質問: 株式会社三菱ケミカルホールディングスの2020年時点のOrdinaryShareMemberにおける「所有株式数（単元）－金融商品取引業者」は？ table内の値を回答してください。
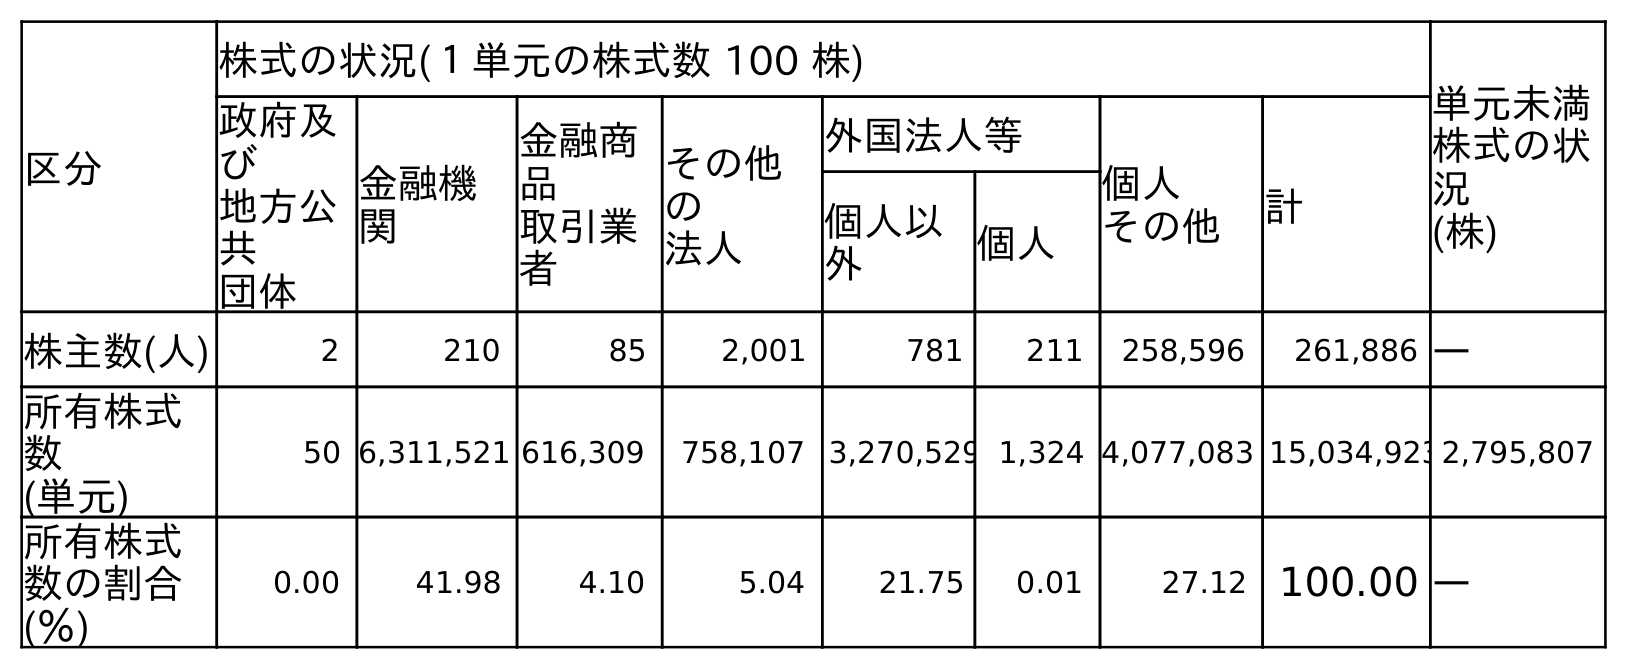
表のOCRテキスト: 区分 株式の状況(１単元の株式数 100 株) 単元未満 株式の状 況 (株) 政府及 び 地方公 共 団体 金融機 関 金融商 品 取引業 者 その他 の 法人 外国法人等 個人 その他 計 個人以 外 個人 株主数(人) 2 210 85 2,001 781 211 258,596 261,886 ― 所有株式 数 (単元) 50 6,311,521 616,309 758,107 3,270,529 1,324 4,077,083 15,034,9232,795,807 所有株式 数の割合 (％) 0.00 41.98 4.10 5.04 21.75 0.01 27.12 100.00 ―
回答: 616,309